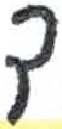
אות: ך